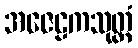
အဇေဠကသုတ္တံ